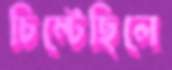
চিম্‌টেছিলে